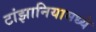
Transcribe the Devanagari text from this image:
टांझानियामध्ये